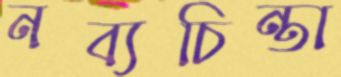
নব্যচিন্তা